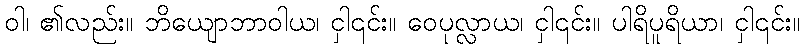
ဝါ၊ ၏လည်း။ ဘိယျောဘာဝါယ၊ ငှါ၎င်း။ ဝေပုလ္လာယ၊ ငှါ၎င်း။ ပါရိပူရိယာ၊ ငှါ၎င်း။